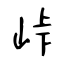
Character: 峠